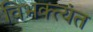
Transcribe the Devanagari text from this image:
विभक्त्यंत